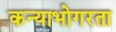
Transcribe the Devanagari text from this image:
कन्याभोगरता